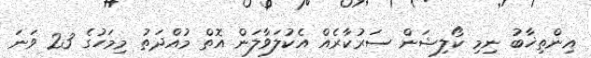
އިންތިޚާބު ނިމި ކޯލިޝަން ސަރުކާރެއް އެކުލަވާލަން އޮތް މުއްދަތު މިމަހުގެ 23 ވަނަ